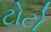
ટોટો